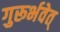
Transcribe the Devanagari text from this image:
गुरूर्भवेत्